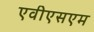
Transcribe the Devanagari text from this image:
एवीएसएम